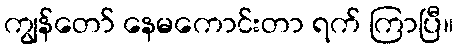
ကျွန်တော် နေမကောင်းတာ ရက် ကြာပြီ။